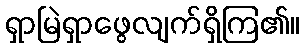
ရှာမြဲရှာဖွေလျက်ရှိကြ၏။